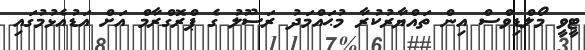
ޓީވީ މޯލްޑިވްސް އިން ތައްޔާރުކުރާ މުޙައްމަދު ރަސޫލު ގެ ޕްރޮގްރާމް އަށް އަޑުއެޅުމުގައި